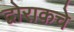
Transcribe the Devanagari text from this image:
द्वोराकचे